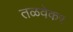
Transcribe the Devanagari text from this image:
तळवेकर